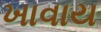
ખાવાય